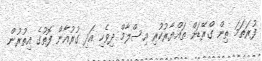
ފުރަތަމަ ތިން ގްރޭޑަށް ތައްޔާރުކުރި އިސްލާމް ދިވެހި އަދި ގުރުއާން ފޮތުގެ އިތުރުން